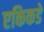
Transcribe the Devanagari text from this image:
एकिकडे